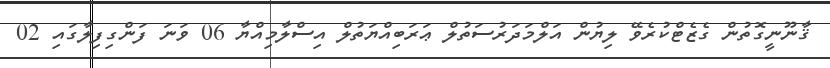
ޤާނޫނީގޮތުން ގެޒެޓްކުރެވޭ ލިޔުން އަލްމަދަރުސަތުލް ޢަރަބިއްޔަތުލް އިސްލާމިއްޔާ 06 ވަނަ ފަންގިފިލާގައި 02